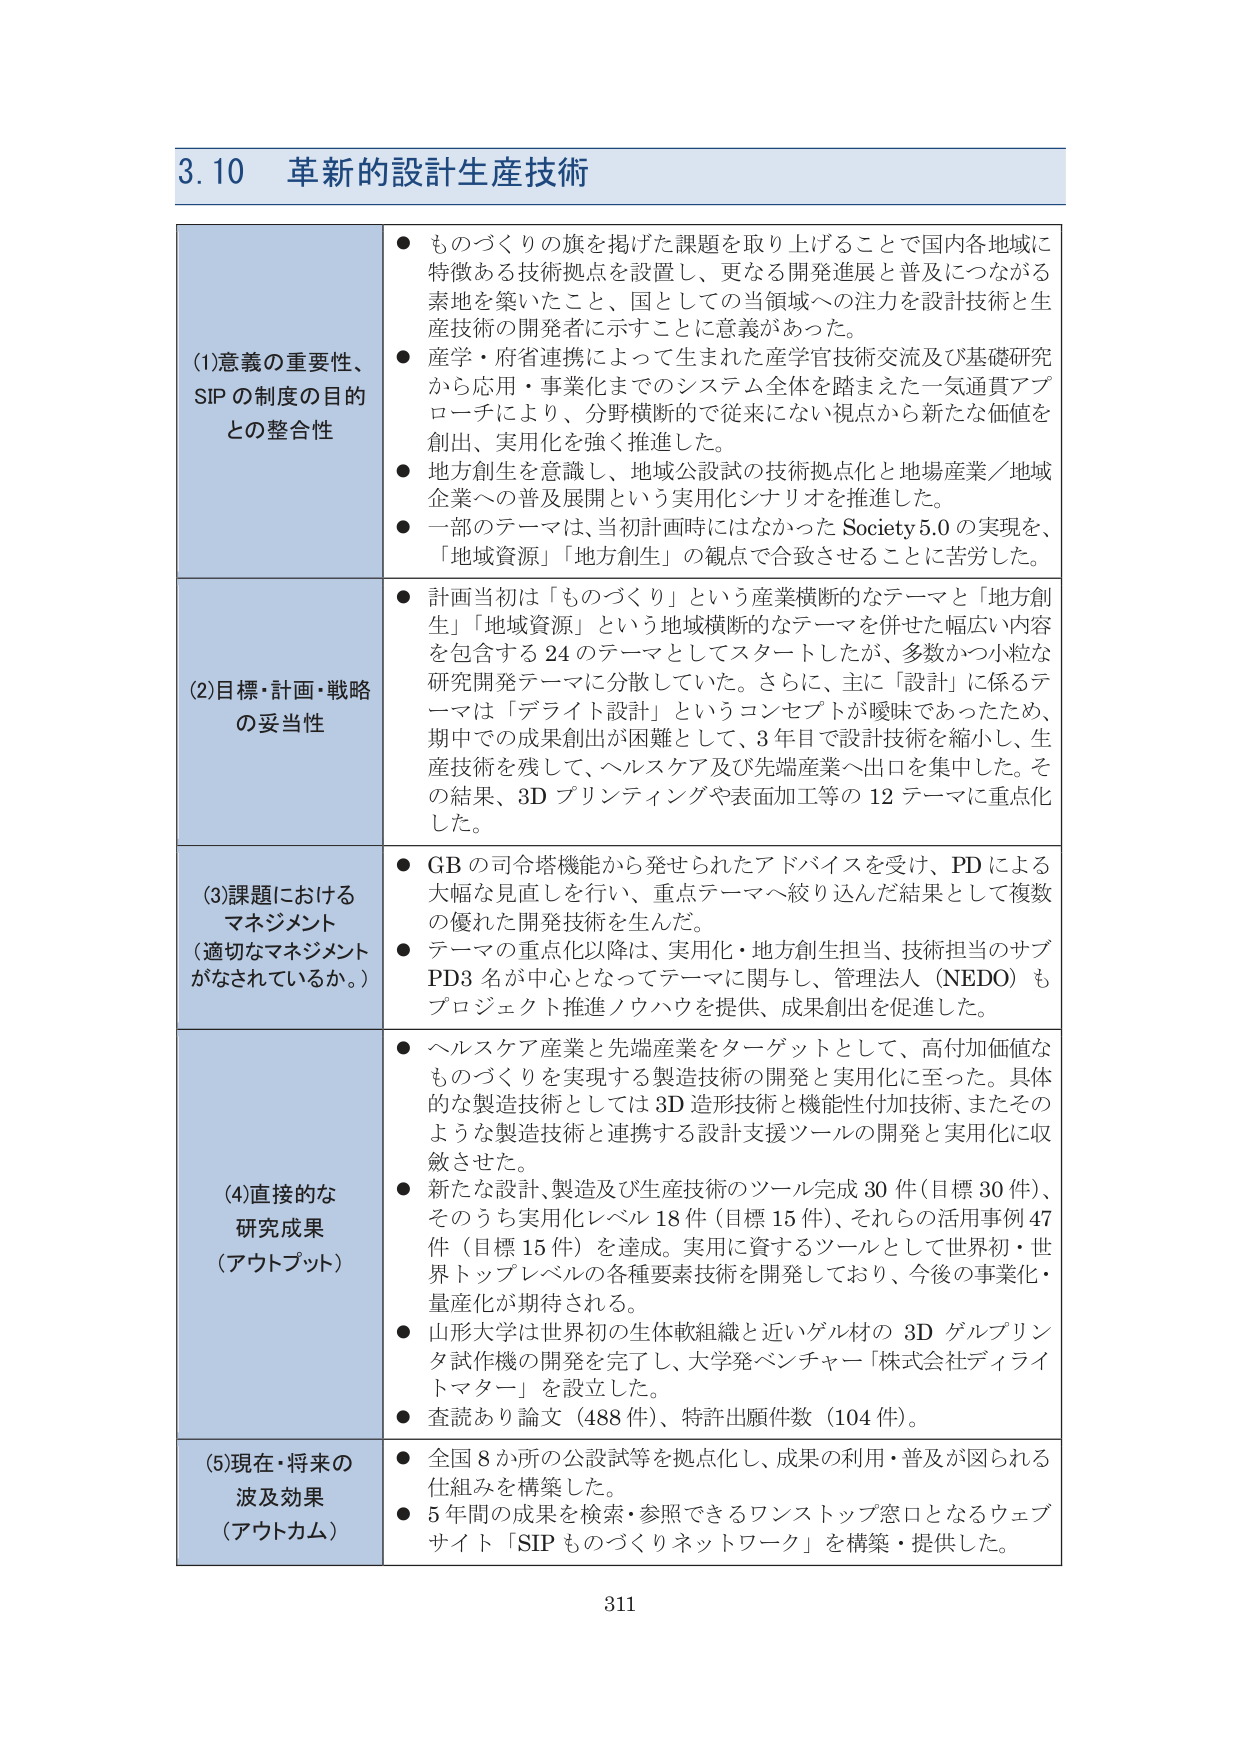
3.10 革新的設計生産技術

(1)意義の重要性、SIPの制度の目的との整合性
● ものづくりの旗を掲げた課題を取り上げることで国内各地域に特徴ある技術拠点を設置し、更なる開発進展と普及につながる素地を築いたこと、国としての当領域への注力を設計技術と生産技術の開発者に示すことに意義があった。
● 産学・府省連携によって生まれた産学官技術交流及び基礎研究から応用・事業化までのシステム全体を踏まえた一気通貫アプローチにより、分野横断的で従来にない視点から新たな価値を創出、実用化を強く推進した。
● 地方創生を意識し、地域公設試の技術拠点化と地場産業／地域企業への普及展開という実用化シナリオを推進した。
● 一部のテーマは、当初計画時にはなかった Society5.0 の実現を、「地域資源」「地方創生」の観点で合致させることに苦労した。

(2)目標・計画・戦略の妥当性
● 計画当初は「ものづくり」という産業横断的なテーマと「地方創生」「地域資源」という地域横断的なテーマを併せた幅広い内容を包含する 24 のテーマとしてスタートしたが、多数かつ小粒な研究開発テーマに分散していた。さらに、主に「設計」に係るテーマは「デライト設計」というコンセプトが曖昧であったため、期中での成果創出が困難として、3年目で設計技術を縮小し、生産技術を残して、ヘルスケア及び先端産業へ出口を集中した。その結果、3D プリンティングや表面加工等の 12 テーマに重点化した。

(3)課題におけるマネジメント（適切なマネジメントがなされているか。）
● GB の司令塔機能から発せられたアドバイスを受け、PD による大幅な見直しを行い、重点テーマへ絞り込んだ結果として複数の優れた開発技術を生んだ。
● テーマの重点化以降は、実用化・地方創生担当、技術担当のサブPD3 名が中心となってテーマに関与し、管理法人（NEDO）もプロジェクト推進ノウハウを提供、成果創出を促進した。

(4)直接的な研究成果（アウトプット）
● ヘルスケア産業と先端産業をターゲットとして、高付加価値なものづくりを実現する製造技術の開発と実用化に至った。具体的な製造技術としては 3D 造形技術と機能性付加技術、またそのような製造技術と連携する設計支援ツールの開発と実用化に収斂させた。
● 新たな設計、製造及び生産技術のツール完成 30 件（目標 30 件）、そのうち実用化レベル 18 件（目標 15 件）、それらの活用事例 47 件（目標 15 件）を達成。実用に資するツールとして世界初・世界トップレベルの各種要素技術を開発しており、今後の事業化・量産化が期待される。
● 山形大学は世界初の生体軟組織と近いゲル材の 3D ゲルプリンタ試作機の開発を完了し、大学発ベンチャー「株式会社ディライトマター」を設立した。
● 査読あり論文（488 件）、特許出願件数（104 件）。

(5)現在・将来の波及効果（アウトカム）
● 全国 8 か所の公設試等を拠点化し、成果の利用・普及が図られる仕組みを構築した。
● 5 年間の成果を検索・参照できるワンストップ窓口となるウェブサイト「SIP ものづくりネットワーク」を構築・提供した。

311